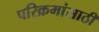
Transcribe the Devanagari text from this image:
परिक्रमांसाठी